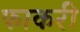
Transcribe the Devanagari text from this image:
फाकरी